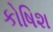
કોષિશ